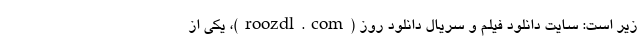
زیر است: سایت دانلود فیلم و سریال دانلود روز (roozdl.com)، یکی از